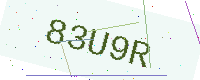
Text: 83U9R